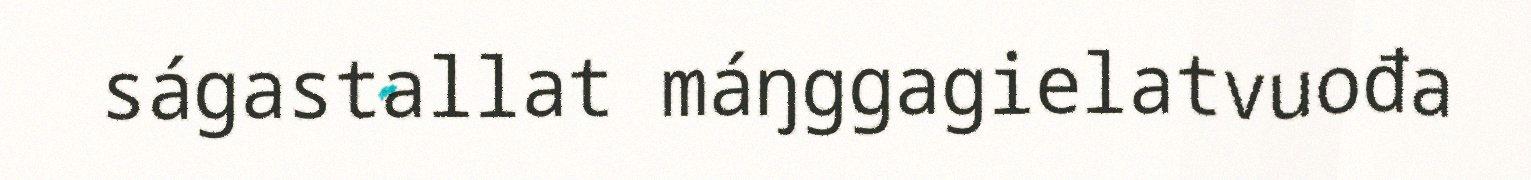
ságastallat máŋggagielatvuođa